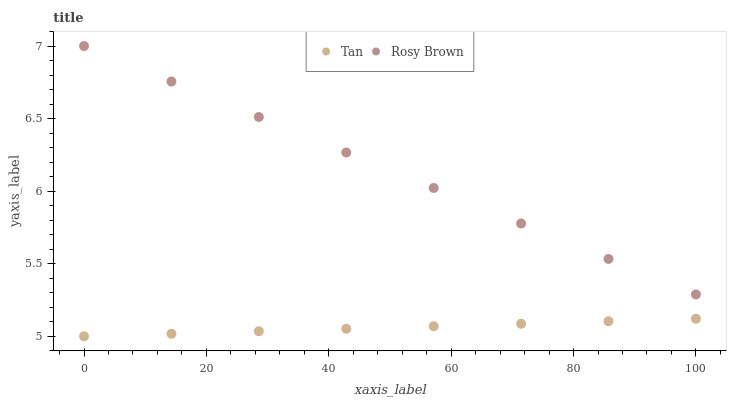
| xaxis_label | Tan | Rosy Brown |
 | --- | --- | --- |
 | 0 | 5 | 7 |
 | 14.3 | 5.02 | 6.76 |
 | 28.6 | 5.03 | 6.51 |
 | 42.9 | 5.05 | 6.27 |
 | 57.1 | 5.07 | 6.02 |
 | 71.4 | 5.09 | 5.78 |
 | 85.7 | 5.1 | 5.53 |
 | 100 | 5.12 | 5.29 |